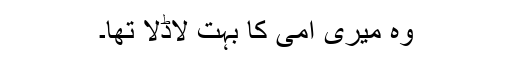
وہ میری امی کا بہت لاڈلا تھا۔